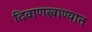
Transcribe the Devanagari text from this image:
दिवाणखाण्यात